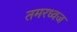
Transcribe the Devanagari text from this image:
तमरध्वज